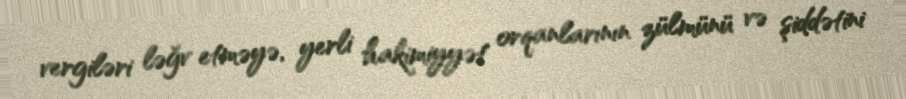
vergiləri ləğv etməyə, yerli hakimiyyət orqanlarının zülmünü və şiddətini